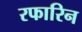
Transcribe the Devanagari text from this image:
रफारिन